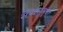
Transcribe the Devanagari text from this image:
सेवासुश्रूषा